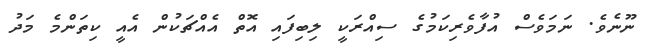
ނޫނެވެ. ނަމަވެސް އުފާވެރިކަމުގެ ސިއްރަކީ ލިބިފައި އޮތް އެއްޗަކުން އެއީ ކިތަންމެ މަދު